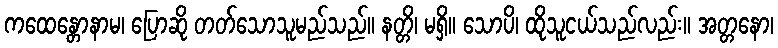
ကထေန္တောနာမ၊ ပြောဆို တတ်သောသူမည်သည်။ နတ္တိ၊ မရှိ။ သောပိ၊ ထိုသူငယ်သည်လည်း။ အတ္တနော၊